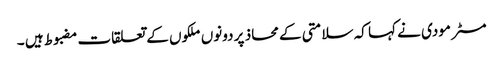
مسٹر مودی نے کہا کہ سلامتی کے محاذ پر دونوں ملکوں کے تعلقات مضبوط ہیں ۔